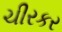
ચીરકર